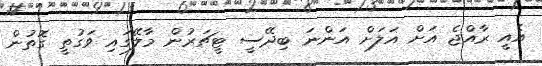
އެއީ ރާއްޖެ އަށް އަލަށް އަންނަ ބިދޭސީ ޓީޗަރުން މާލޭގައި ވަގުތީ ގޮތުން